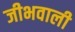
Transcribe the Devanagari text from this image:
जीभवाली